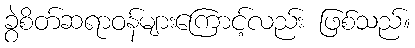
ခွဲစိတ်ဆရာဝန်များကြောင့်လည်း ဖြစ်သည်။